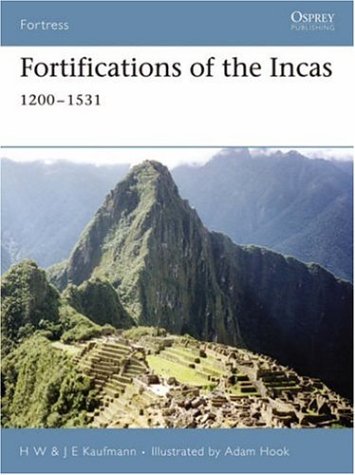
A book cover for Fortifications of the Incas (Fortress); H. W. Kaufmann; History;